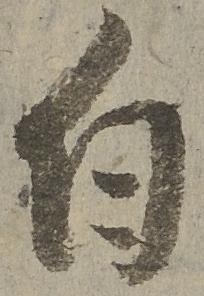
白